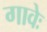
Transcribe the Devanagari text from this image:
गावेः